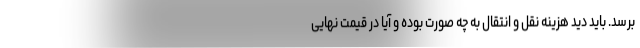
برسد. باید دید هزینه نقل و انتقال به چه صورت بوده و آیا در قیمت نهایی